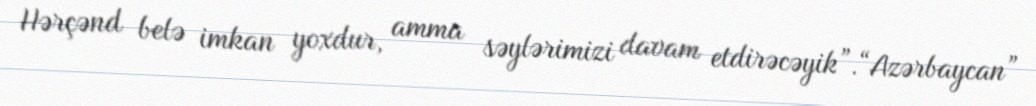
Hərçənd belə imkan yoxdur, amma səylərimizi davam etdirəcəyik”.“Azərbaycan”